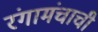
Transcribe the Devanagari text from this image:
रंगामंचाची